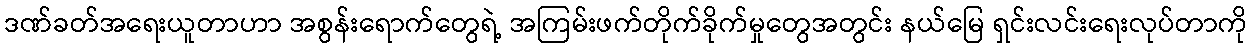
ဒဏ်ခတ်အရေးယူတာဟာ အစွန်းရောက်တွေရဲ့ အကြမ်းဖက်တိုက်ခိုက်မှုတွေအတွင်း နယ်မြေ ရှင်းလင်းရေးလုပ်တာကို